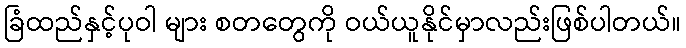
ခြံထည်နှင့်ပုဝါ များ စတတွေကို ဝယ်ယူနိုင်မှာလည်းဖြစ်ပါတယ်။